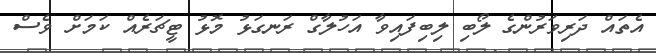
އެތައް ދަރިވަރުންގެ ލޯބި ލިބިފައިވާ އަހުލާގް ރަނގަޅު މޮޅު ޓީޗަރެއް ކަމަށް ވެސް